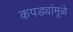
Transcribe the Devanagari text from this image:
कपड्यांमूळे